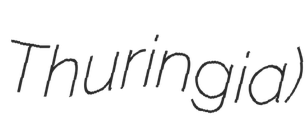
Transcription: Thuringia)